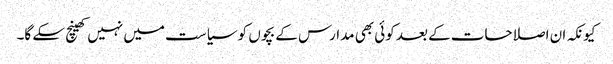
کیونکہ ان اصلاحات کے بعد کوئی بھی مدارس کے بچوں کو سیاست میں نہیں کھینچ سکے گا۔